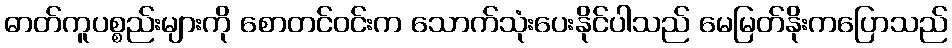
ဓာတ်ကူပစ္စည်းများကို စောတင်ဝင်းက သောက်သုံးပေးနိုင်ပါသည် မေမြတ်နိုးကပြောသည်